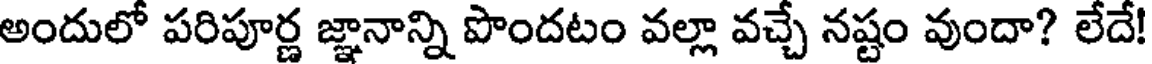
అందులో పరిపూర్ణ జ్ఞానాన్ని పొందటం వల్లా వచ్చే నష్టం వుందా? లేదే